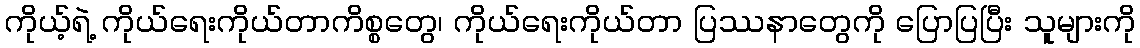
ကိုယ့်ရဲ့ ကိုယ်ရေးကိုယ်တာကိစ္စတွေ၊ ကိုယ်ရေးကိုယ်တာ ပြဿနာတွေကို ပြောပြပြီး သူများကို